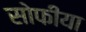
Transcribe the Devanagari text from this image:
सोफीया